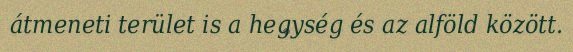
átmeneti terület is a hegység és az alföld között.